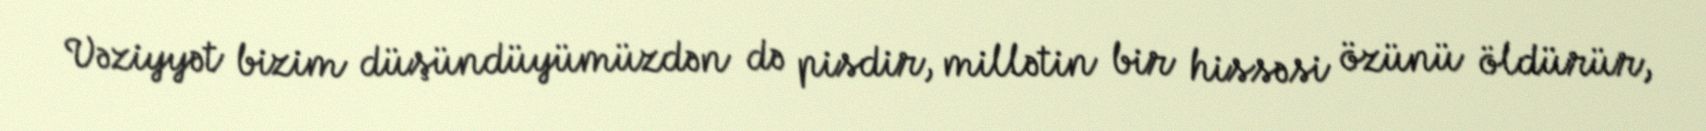
Vəziyyət bizim düşündüyümüzdən də pisdir, millətin bir hissəsi özünü öldürür,